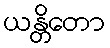
ယန္တိတော